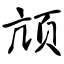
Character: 颃